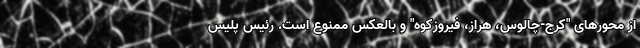
از محورهای "کرج-چالوس، هراز، فیروزکوه" و بالعکس ممنوع است. رئیس پلیس